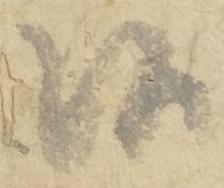
候